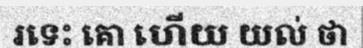
រទេះ គោ ហើយ យល់ ថា